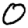
Digit: 0